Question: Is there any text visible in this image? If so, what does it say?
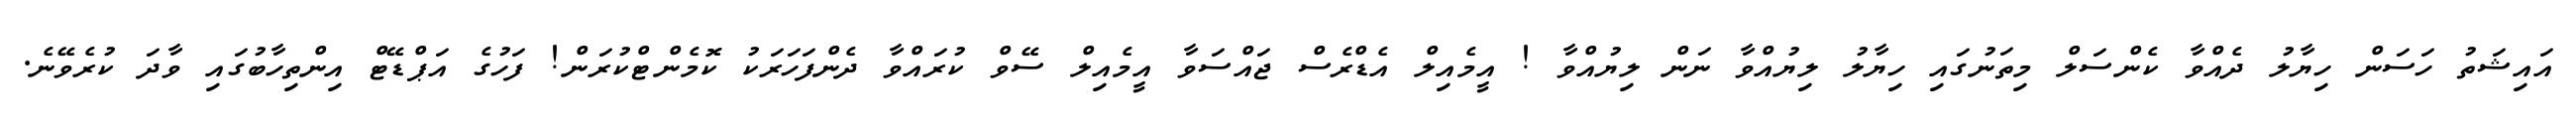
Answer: އައިޝަތު ހަސަން ހިޔާލު ދެއްވާ ކެންސަލް މިތަނުގައި ހިޔާލު ލިޔުއްވާ ނަން ލިޔުއްވާ ! އީމެއިލް އެޑްރެސް ޖައްސަވާ އީމެއިލް ސޭވް ކުރައްވާ ދެންފަހަރަކު ކޮމެންޓްކުރަން! ފަހުގެ އަޕްޑޭޓް އިންތިހާބުގައި ވާދަ ކުރެވޭނެ.